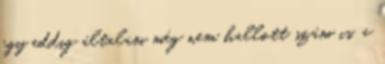
egy eddig általam még nem hallott szám is, a